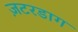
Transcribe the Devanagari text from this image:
ज़टरडाग